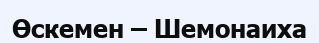
Өскемен – Шемонаиха